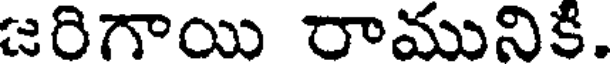
జరిగాయి రామునికి.